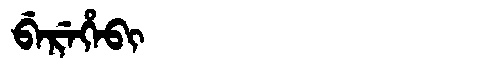
Manchu: ᠪᡝᡵᡝᡥᡝᠪᡳ
Romanization: BEREHEBI